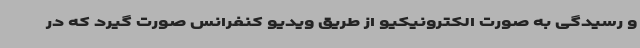
و رسیدگی به صورت الکترونیکیو از طریق ویدیو کنفرانس صورت گیرد که در